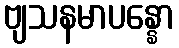
ဗျသနမာပန္နော